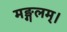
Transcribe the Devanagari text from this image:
मङ्गलम्।